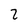
Character: 2